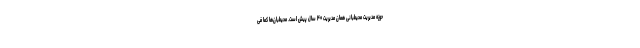
حوزه مدیریت محیطبانی همان مدیریت ۴۰ سال پیش است. محیطبان‌ها کما فی